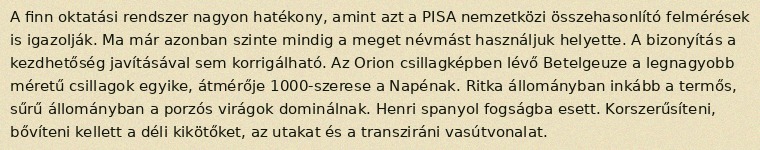
A finn oktatási rendszer nagyon hatékony, amint azt a PISA nemzetközi összehasonlító felmérések is igazolják. Ma már azonban szinte mindig a meget névmást használjuk helyette. A bizonyítás a kezdhetőség javításával sem korrigálható. Az Orion csillagképben lévő Betelgeuze a legnagyobb méretű csillagok egyike, átmérője 1000-szerese a Napénak. Ritka állományban inkább a termős, sűrű állományban a porzós virágok dominálnak. Henri spanyol fogságba esett. Korszerűsíteni, bővíteni kellett a déli kikötőket, az utakat és a transziráni vasútvonalat.